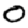
Digit: 0